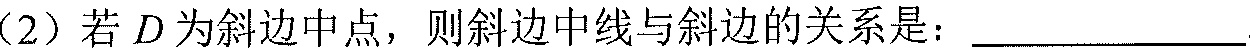
（2）若\(D\)为斜边中点，则斜边中线与斜边的关系是：________________